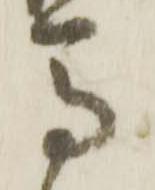
馬